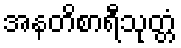
အနတိစာရီသုတ္တံ